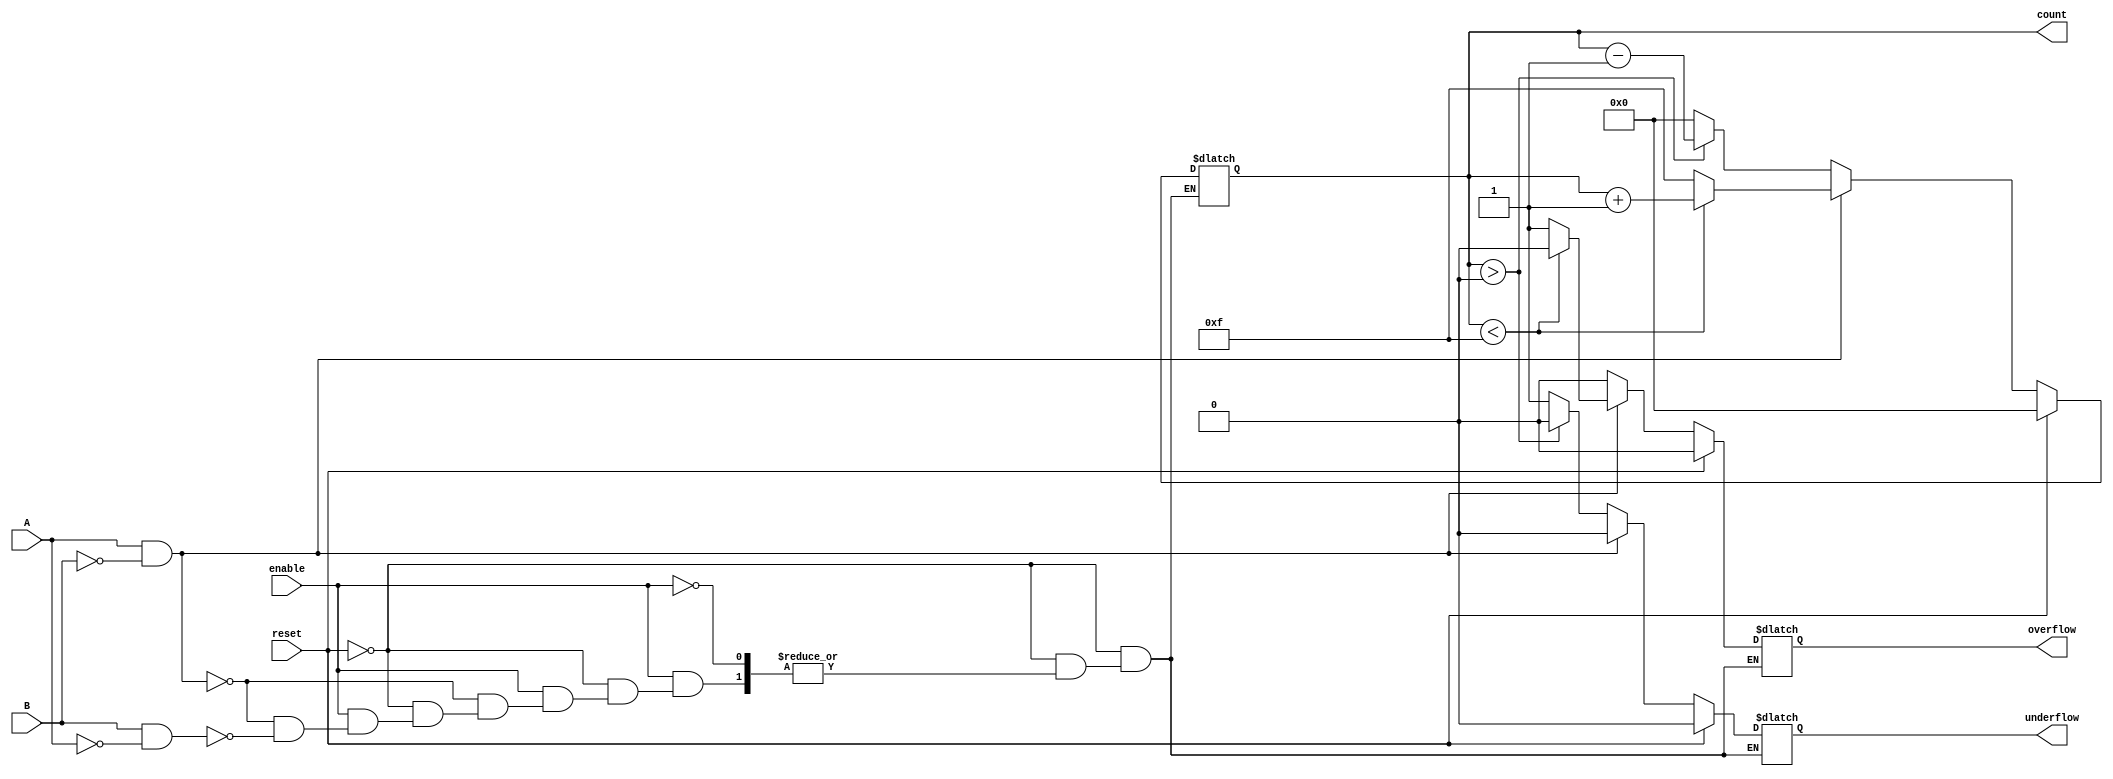
module dynamic_asynchronous_counter (
    input wire A,         // Count Up signal
    input wire B,         // Count Down signal
    input wire reset,     // Asynchronous reset
    input wire enable,    // Enable signal
    output reg [3:0] count, // 4-bit count value (can be adjusted)
    output reg overflow,   // Overflow flag
    output reg underflow   // Underflow flag
);
    // Counter Maximum and Minimum Values
    parameter MAX_COUNT = 4'b1111; // Maximum count value for a 4-bit counter
    parameter MIN_COUNT = 4'b0000; // Minimum count value for a 4-bit counter

    // Asynchronous reset and counting behavior
    always @* begin
        // Reset Logic
        if (reset) begin
            count = MIN_COUNT;      // Reset the counter to zero
            overflow = 0;           // Clear overflow flag
            underflow = 0;          // Clear underflow flag
        end
        else if (enable) begin
            // Default to the current count
            count = count;

            // Counting Logic
            if (A && !B) begin // Count Up
                if (count < MAX_COUNT) begin
                    count = count + 1;
                    overflow = 0;       // Clear overflow flag
                end else begin
                    count = MAX_COUNT; // Stay at max count
                    overflow = 1;      // Set overflow flag
                end
                underflow = 0;          // Clear underflow flag
            end
            else if (B && !A) begin // Count Down
                if (count > MIN_COUNT) begin
                    count = count - 1;
                    underflow = 0;      // Clear underflow flag
                end else begin
                    count = MIN_COUNT; // Stay at min count
                    underflow = 1;     // Set underflow flag
                end
                overflow = 0;          // Clear overflow flag
            end
        end
    end

endmodule